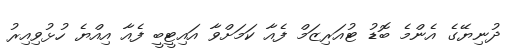
ދުނިޔޭގެ އެންމެ ބޮޑު ޓުއަރިޒަމް ފެއާ ކަމަށްވާ އައިޓީބީ ފެއާ އިއްޔެ ހުޅުވިއިރު